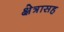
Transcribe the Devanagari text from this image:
क्षेत्रासह